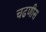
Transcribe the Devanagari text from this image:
चढणीस